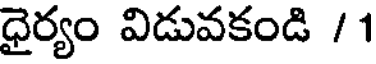
ధైర్యం విడువకండి /1